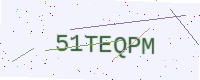
Text: 51TEQPM